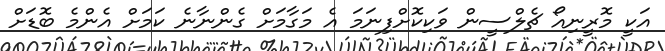
އަކީ މޮރީނިއޯ ޗެލްސީން ވަކިކޮށްފިނަމަ އެ މަގާމަށް ގެންނާނެ ކަމަށް އެންމެ ބޮޑަށް